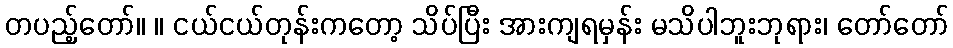
တပည့်တော်။ ။ ငယ်ငယ်တုန်းကတော့ သိပ်ပြီး အားကျရမှန်း မသိပါဘူးဘုရား၊ တော်တော်